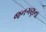
જનગણના